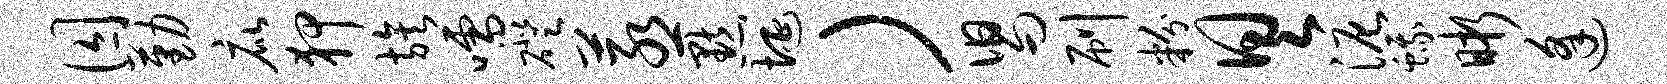
囚勤庇狎族嚅磴蒸默埏）舄刷粉具泥蛾晰逢